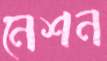
নেশন